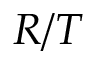
R / T